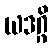
ယဒဂ္ဂိ